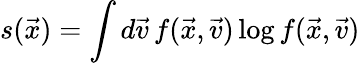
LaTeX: s(\vec{x})=\int d\vec{v}\, f(\vec{x},\vec{v})\log f(\vec{x},\vec{v})